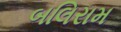
બલિરામ